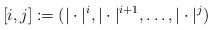
\begin{align*} [i,j]:=(|\cdot|^i, |\cdot|^{i+1}, \ldots, |\cdot|^j)\end{align*}